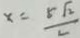
x = \frac { 5 \sqrt { 2 } } { 2 }